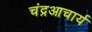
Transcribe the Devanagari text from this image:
चंद्रआचार्य